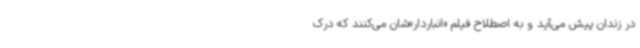
در زندان پیش می‌آید و به اصطلاح فیلم «انباردار»شان می‌کنند که درک